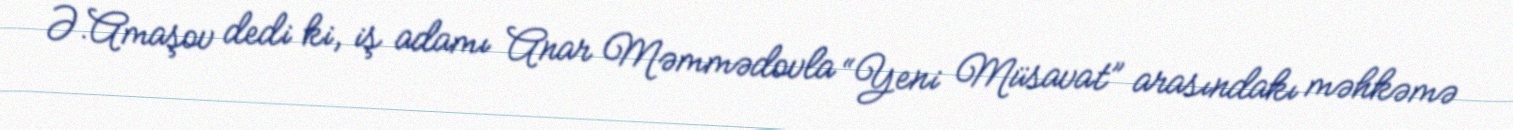
Ə.Amaşov dedi ki, iş adamı Anar Məmmədovla “Yeni Müsavat” arasındakı məhkəmə